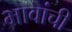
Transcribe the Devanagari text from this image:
भावांची